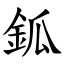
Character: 鈲